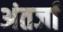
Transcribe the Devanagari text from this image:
अंतर्जा